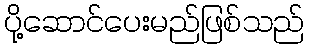
ပို့ဆောင်ပေးမည်ဖြစ်သည်